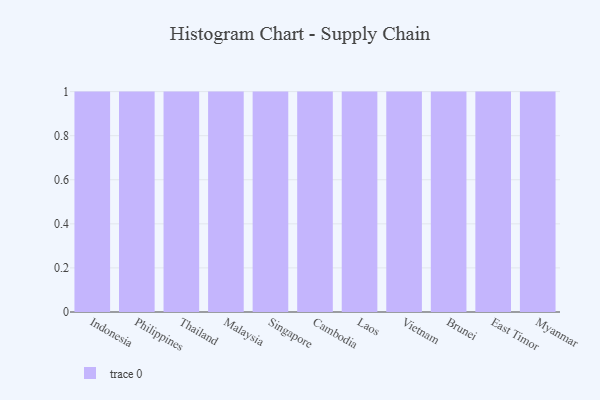
{"axis": {"x": "Country", "y": "Inventory Turnover"}, "legend": [""], "data": [{"x": "Indonesia", "y": 68, "type": ""}, {"x": "Philippines", "y": 64, "type": ""}, {"x": "Thailand", "y": 70, "type": ""}, {"x": "Malaysia", "y": 83, "type": ""}, {"x": "Singapore", "y": 28, "type": ""}, {"x": "Cambodia", "y": 96, "type": ""}, {"x": "Laos", "y": 91, "type": ""}, {"x": "Vietnam", "y": 42, "type": ""}, {"x": "Brunei", "y": 69, "type": ""}, {"x": "East Timor", "y": 97, "type": ""}, {"x": "Myanmar", "y": 77, "type": ""}]}